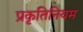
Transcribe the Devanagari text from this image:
प्रकृतिनियम